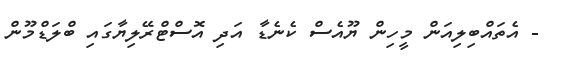
- އެތައްބިލިއަން މީހިން ޔޫއެސް ކެނެޑާ އަދި އޮސްޓްރޭލިޔާގައި ބްލަޑްމޫން